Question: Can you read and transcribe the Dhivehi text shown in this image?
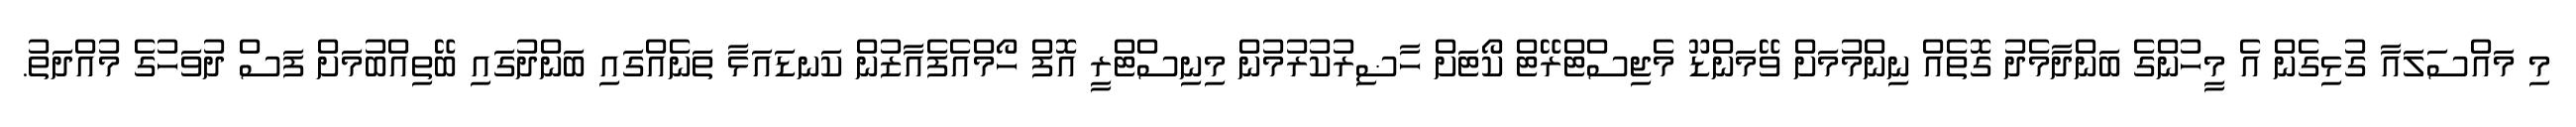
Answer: މި މައްސަލައާ ގުޅިގެން އެ މީހުންގެ ބަންދާމެދު ގޮތެއް ނިންމުމަށް ވޭމަންޑޫ މެޖިސްޓްރޭޓް ކޯޓަށް ހާޟިރުކުރުމުން މިނިސްޓްރީ އޮފް ހޯމްއެފެއާޒުން ކަނޑައަޅާ ތަނެއްގައި ބަންދުގައި ބޭތިއްބުމަށް ފަސް ދުވަހުގެ މުއްދަތު.